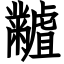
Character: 𪓐